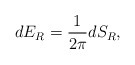
\begin{align*}dE_R={1\over{2\pi}}dS_R,\end{align*}